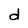
Character: d